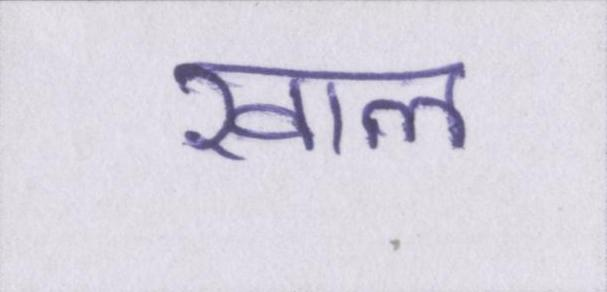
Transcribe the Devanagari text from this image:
खाल